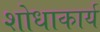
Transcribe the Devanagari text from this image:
शोधाकार्य